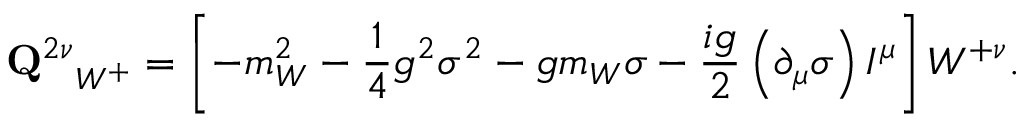
{ { \bf Q } ^ { 2 \nu } } _ { W ^ { + } } = \left[ - m _ { W } ^ { 2 } - \frac { 1 } { 4 } g ^ { 2 } \sigma ^ { 2 } - g m _ { W } \sigma - \frac { i g } { 2 } \left( \partial _ { \mu } \sigma \right) I ^ { \mu } \right] W ^ { + \nu } .